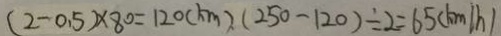
( 2 - 0 . 5 ) \times 8 0 = 1 2 0 ( k m ) ( 2 5 0 - 1 2 0 ) \div 2 = 6 5 ( k m / h )